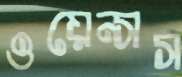
ওয়েন্সস